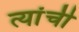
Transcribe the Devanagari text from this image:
त्यांंची